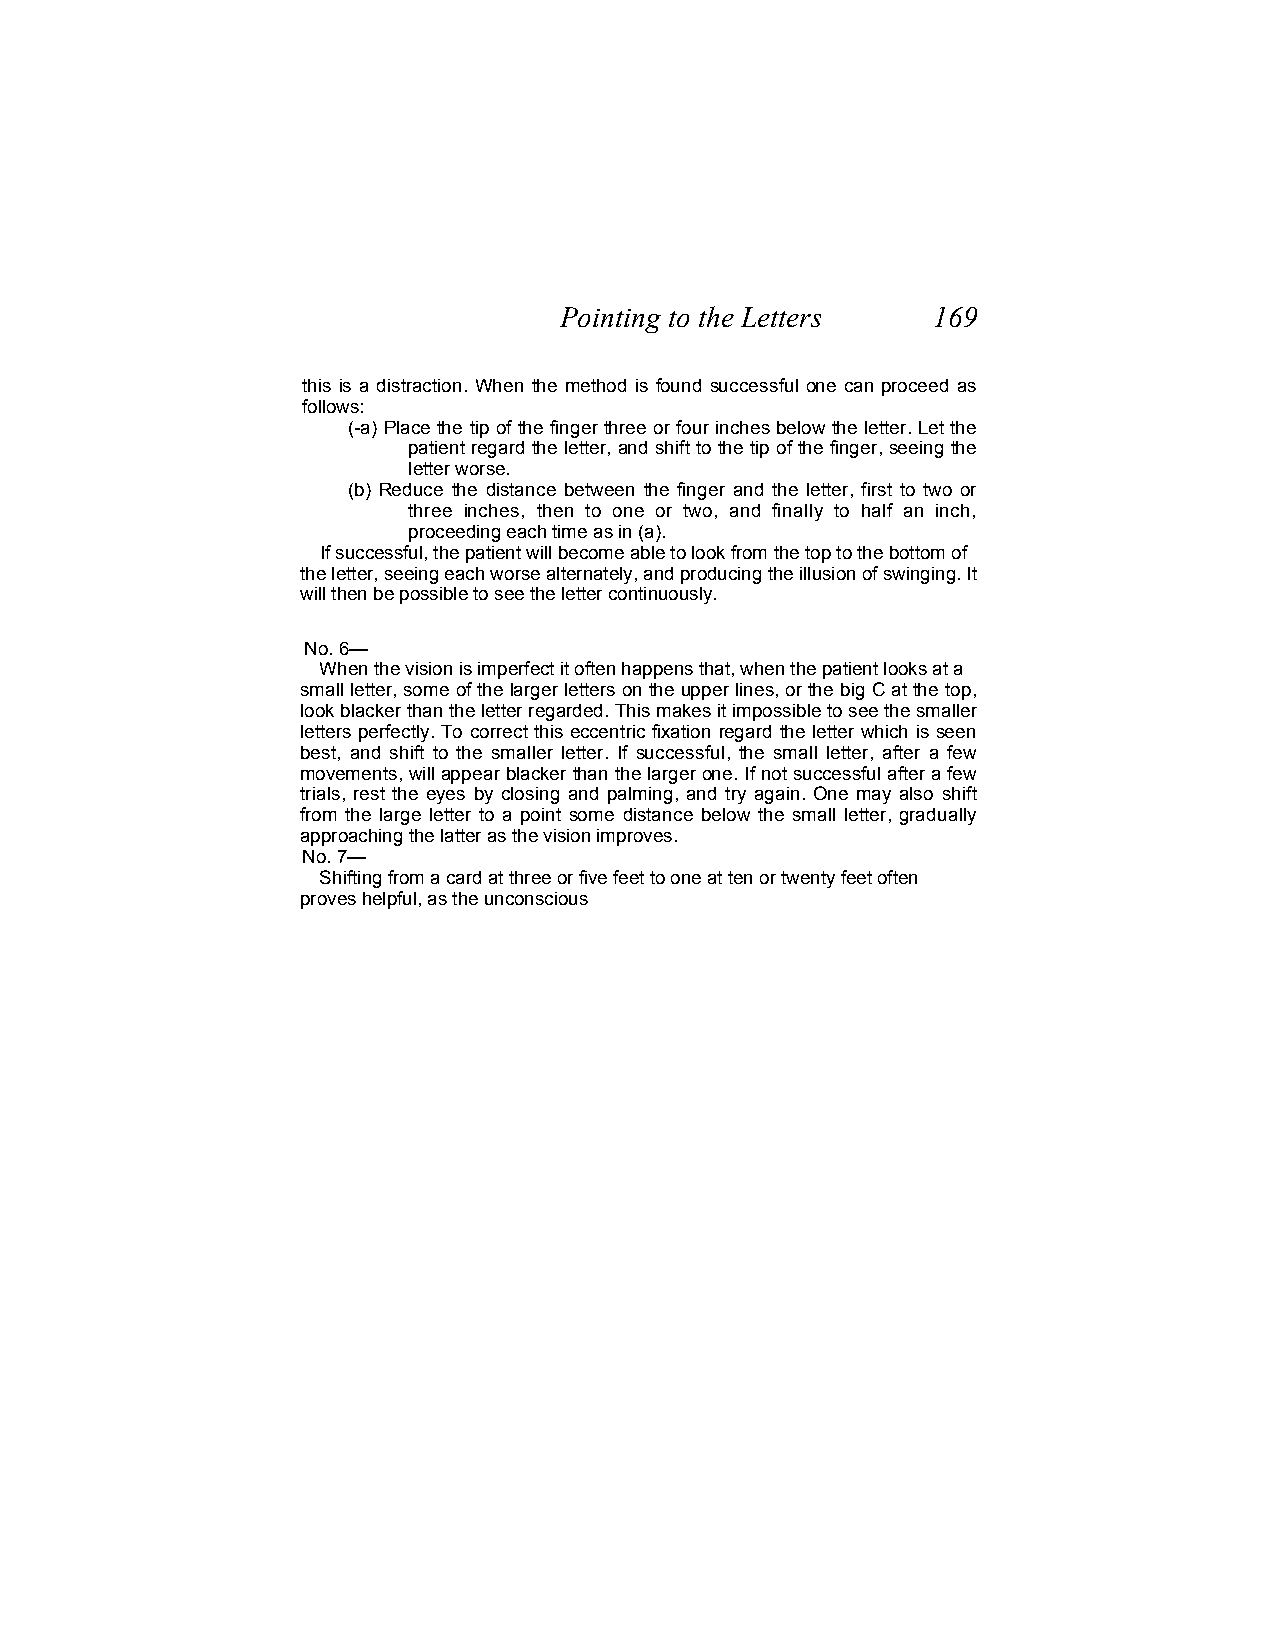
Pointing to the Letters  169
 this is a distraction. When the method is found successful one can proceed as
 follows:
 (-a) Place the tip of the finger three or four inches below the letter. Let the
 patient regard the letter, and shift to the tip of the finger, seeing the
 letter worse.
 (b) Reduce the distance between the finger and the letter, first to two or
 three inches, then to one or two, and finally to half an inch,
 proceeding each time as in (a).
 If successful, the patient will become able to look from the top to the bottom of
 the letter, seeing each worse alternately, and producing the illusion of swinging. It
 will then be possible to see the letter continuously.
 No. 6—
 When the vision is imperfect it often happens that, when the patient looks at a
 small letter, some of the larger letters on the upper lines, or the big C at the top,
 look blacker than the letter regarded. This makes it impossible to see the smaller
 letters perfectly. To correct this eccentric fixation regard the letter which is seen
 best, and shift to the smaller letter. If successful, the small letter, after a few
 movements, will appear blacker than the larger one. If not successful after a few
 trials, rest the eyes by closing and palming, and try again. One may also shift
 from the large letter to a point some distance below the small letter, gradually
 approaching the latter as the vision improves.
 No. 7—
 Shifting from a card at three or five feet to one at ten or twenty feet often
 proves helpful, as the unconscious